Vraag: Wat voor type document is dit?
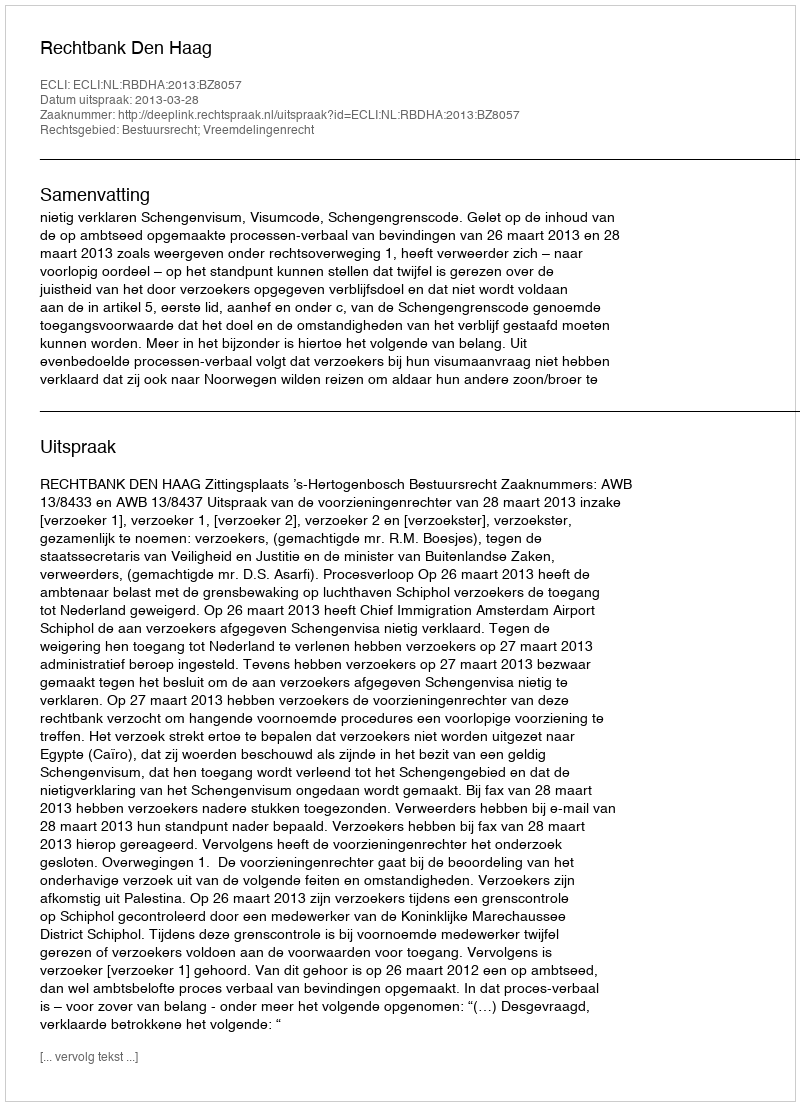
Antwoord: Uitspraak